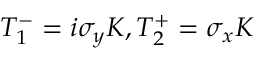
T _ { 1 } ^ { - } = i \sigma _ { y } K , T _ { 2 } ^ { + } = \sigma _ { x } K